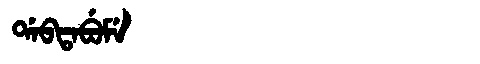
Manchu: ᡩᠠᠪᡨᠠᠪᡠᠮᡝ
Romanization: DABTABUME